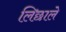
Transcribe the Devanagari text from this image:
लिछाले